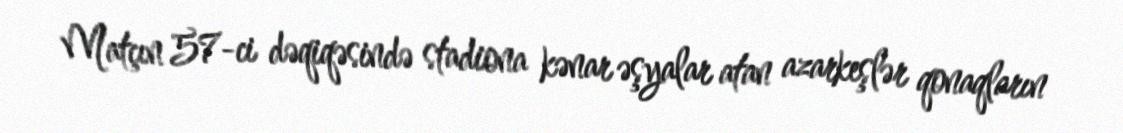
Matçın 57-ci dəqiqəsində stadiona kənar əşyalar atan azarkeşlər qonaqların